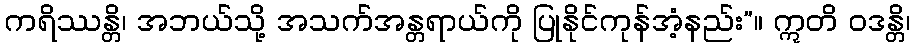
ကရိဿန္တိ၊ အဘယ်သို့ အသက်အန္တရာယ်ကို ပြုနိုင်ကုန်အံ့နည်း”။ ဣတိ ဝဒန္တိ၊